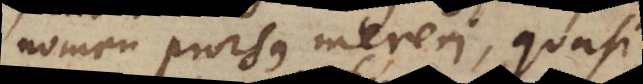
nomen prorsus mereri, quasi